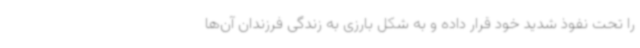
را تحت نفوذ شدید خود قرار داده و به شکل بارزی به زندگی فرزندان آن‌ها